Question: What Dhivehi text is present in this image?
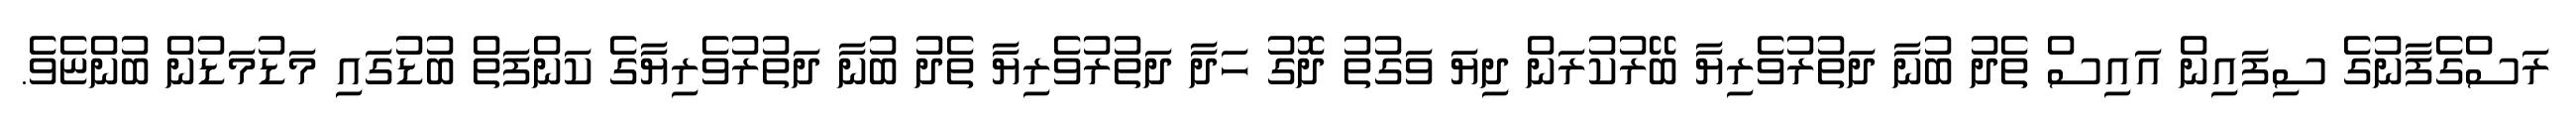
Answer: ރަސްގެފާނުގެ ސިފައިން އައިސް ތެދު ބުނާ ދަތުރުވެރިޔާ ބޭރުކުރަން ދިޔަ ވަގުތު ދޮގު ހަދާ ދަތުރުވެރިޔާ ތެދު ބުނާ ދަތުރުވެރިޔާގެ ކަންފަތް ބުޑުގައި މަޑުމަޑުން ބުންޏެވެ.